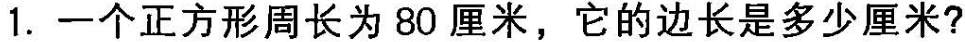
1.一个正方形周长为80厘米，它的边长是多少厘米?